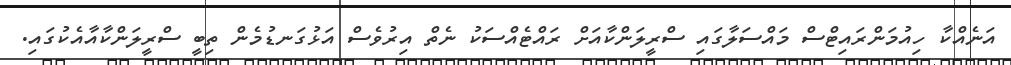
އަނެއްކާ ހިއުމަންރައިޓްސް މައްސަލާގައި ސްރީލަންކާއަށް ރައްޓެއްސަކު ނެތް އިރުވެސް އަޅުގަނޑުމެން ތިބީ ސްރީލަންކާއާއެކުގައި.